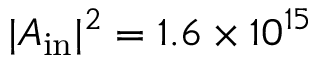
| A _ { \mathrm { i n } } | ^ { 2 } = 1 . 6 \times 1 0 ^ { 1 5 }